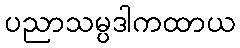
ပညာသမ္ပဒါကထာယ